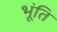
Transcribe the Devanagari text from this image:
भूंति